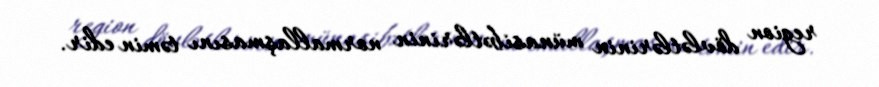
region dövlətlərinin münasibətlərinin normallaşmasını təmin edir.